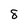
Character: 8